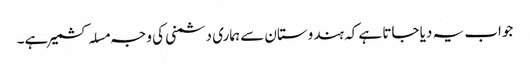
جواب یہ دیا جاتا ہے کہ ہندوستان سے ہماری دشمنی کی وجہ مسلہ کشمیر ہے۔